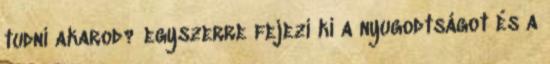
tudni akarod? egyszerre fejezi ki a nyugodtságot és a